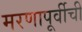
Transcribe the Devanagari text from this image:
मरणापूर्वीची